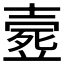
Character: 𣩉